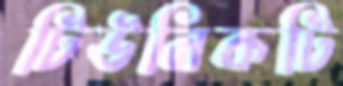
টিউনিকটি